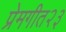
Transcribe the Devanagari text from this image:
प्रेमगीत२३